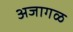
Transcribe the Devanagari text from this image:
अजागळ